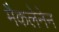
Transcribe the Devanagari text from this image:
मैकलेनेन